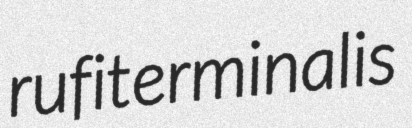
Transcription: rufiterminalis